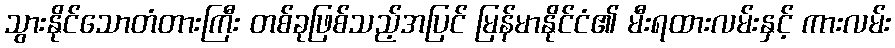
သွားနိုင်သောတံတားကြီး တစ်ခုဖြစ်သည့်အပြင် မြန်မာနိုင်ငံ၏ မီးရထားလမ်းနှင့် ကားလမ်း